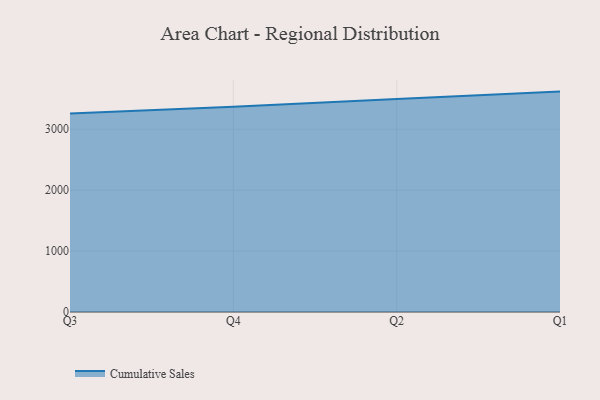
{"axis": {"x": "Quarter", "y": "Bounce Rate (%)"}, "legend": ["Cumulative Sales"], "data": [{"x": "Q3", "y": 3260.5, "type": "Cumulative Sales"}, {"x": "Q4", "y": 3370.7, "type": "Cumulative Sales"}, {"x": "Q2", "y": 3498.7, "type": "Cumulative Sales"}, {"x": "Q1", "y": 3618.3, "type": "Cumulative Sales"}]}